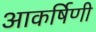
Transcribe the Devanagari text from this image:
आकर्षिणी